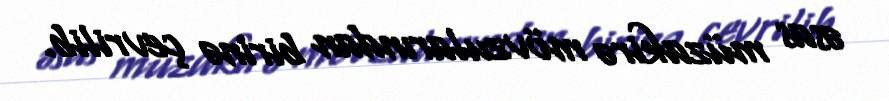
əsas müzakirə mövzularından birinə çevrilib.